Annual administration report of the Civil Veterinary Department of India - 1901-1902
Year: 1901
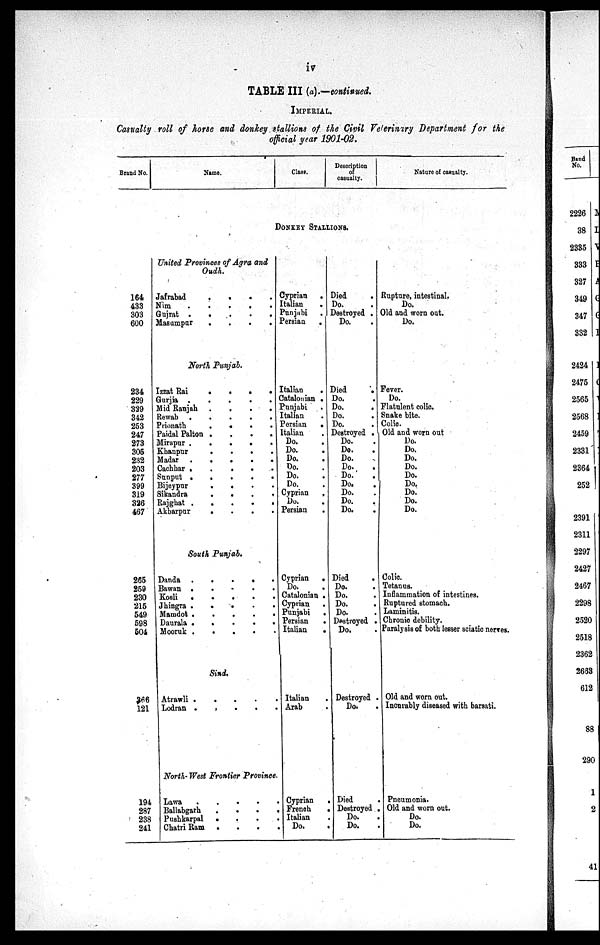
iv
TABLE III (a).—continued.
IMPERIAL.
Casualty roll of horse and donkey stallions of the Civil Veterinary Department for the
official year 1901-02.
Brand No.
Name.
Class.
Description
casualty.
Nature of casualty.
DONKEY STALLIONS.
164
433
303
600
234
229
329
342
253
247
273
305
232
203
277
399
319
326
467
265
259
230
215
549
598
504
366
121
194
287
238
241
United Provinces of Agra and
Oudh.
Jafrabad
.
.
.
.
Nim
.
.
.
.
.
Gujrat
.
.
.
.
.
.
Masumpar
.
.
.
.
North Punjab.
Izzat Rai
.
.
.
.
Gurjia
.
.
.
.
Mid Ranjab
.
.
.
.
Rewab
.
.
.
.
.
Prionath
.
.
.
.
Paidal Palton
.
.
.
.
Mirapur . . . . .
Khanpur
.
.
.
.
Madar
.
.
.
.
.
Cachbar . . . . .
Sunput
.
.
.
.
Bijeypur . . . .
Sikandra
.
.
.
.
Rajghat
.
.
.
.
Akbarpur
.
.
.
.
South Punjab.
Danda
.
.
.
.
.
Bawan
.
.
.
.
.
Kosli
.
.
.
.
.
Jhingra
.
.
.
.
.
Mamdot
.
.
.
.
.
Daurala
.
.
.
.
.
Mooruk
.
.
.
.
.
Sind.
Atrawli
.
.
.
.
.
Lodran
.
.
.
.
.
North-West Frontier Province.
Lawa
.
.
.
.
.
Ballabgarh . . . .
Pusbkarpal . . . .
Chatri Ram . . . .
Cyprian .
Italian
.
Punjubi
.
Persian
.
Italian .
Catalonian .
Punjabi .
Italian .
Persian
.
Italian .
Do. .
Do. .
Do. .
Do. .
Do. .
Do. .
Cyprian .
Do. .
Persian .
Cyprian
.
Do.
.
Catalonian .
Cyprian
.
Punjabi
.
Persian
.
Italian
.
Italian
.
Arab .
Cyprian .
French .
Italian .
. Do. .
Died .
Do. .
Destroyed .
Do. .
Died .
Do. .
Do. .
Do. .
Do. .
Destroyed .
Do. .
Do. .
Do. .
Do. .
Do. .
Do. .
Do. .
Do. .
Do. .
Died .
Do. .
Do. .
Do. .
Do. .
Destroyed .
Do. .
Destroyed .
Do. .
Died .
Destroyed .
Do. .
Do. .
Rupture, intestinal.
Do.
Old and worn out.
Do.
Fever.
Do.
Flatulent colic.
Snake bite.
Colic
Old and worn out
Do.
Do.
Do.
Do.
Do.
Do.
Do.
Do.
Do.
Colic.
Tetanus.
Inflammation of intestines.
Ruptured stomach.
Laminitis.
Chronio debility.
Paralysis of both lesser sciatic nerves.
Old and worn out.
Incurably diseased with barsati.
Pneumonia.
Old and worn out.
Do.
Do.